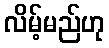
လိမ့်မည်ဟု